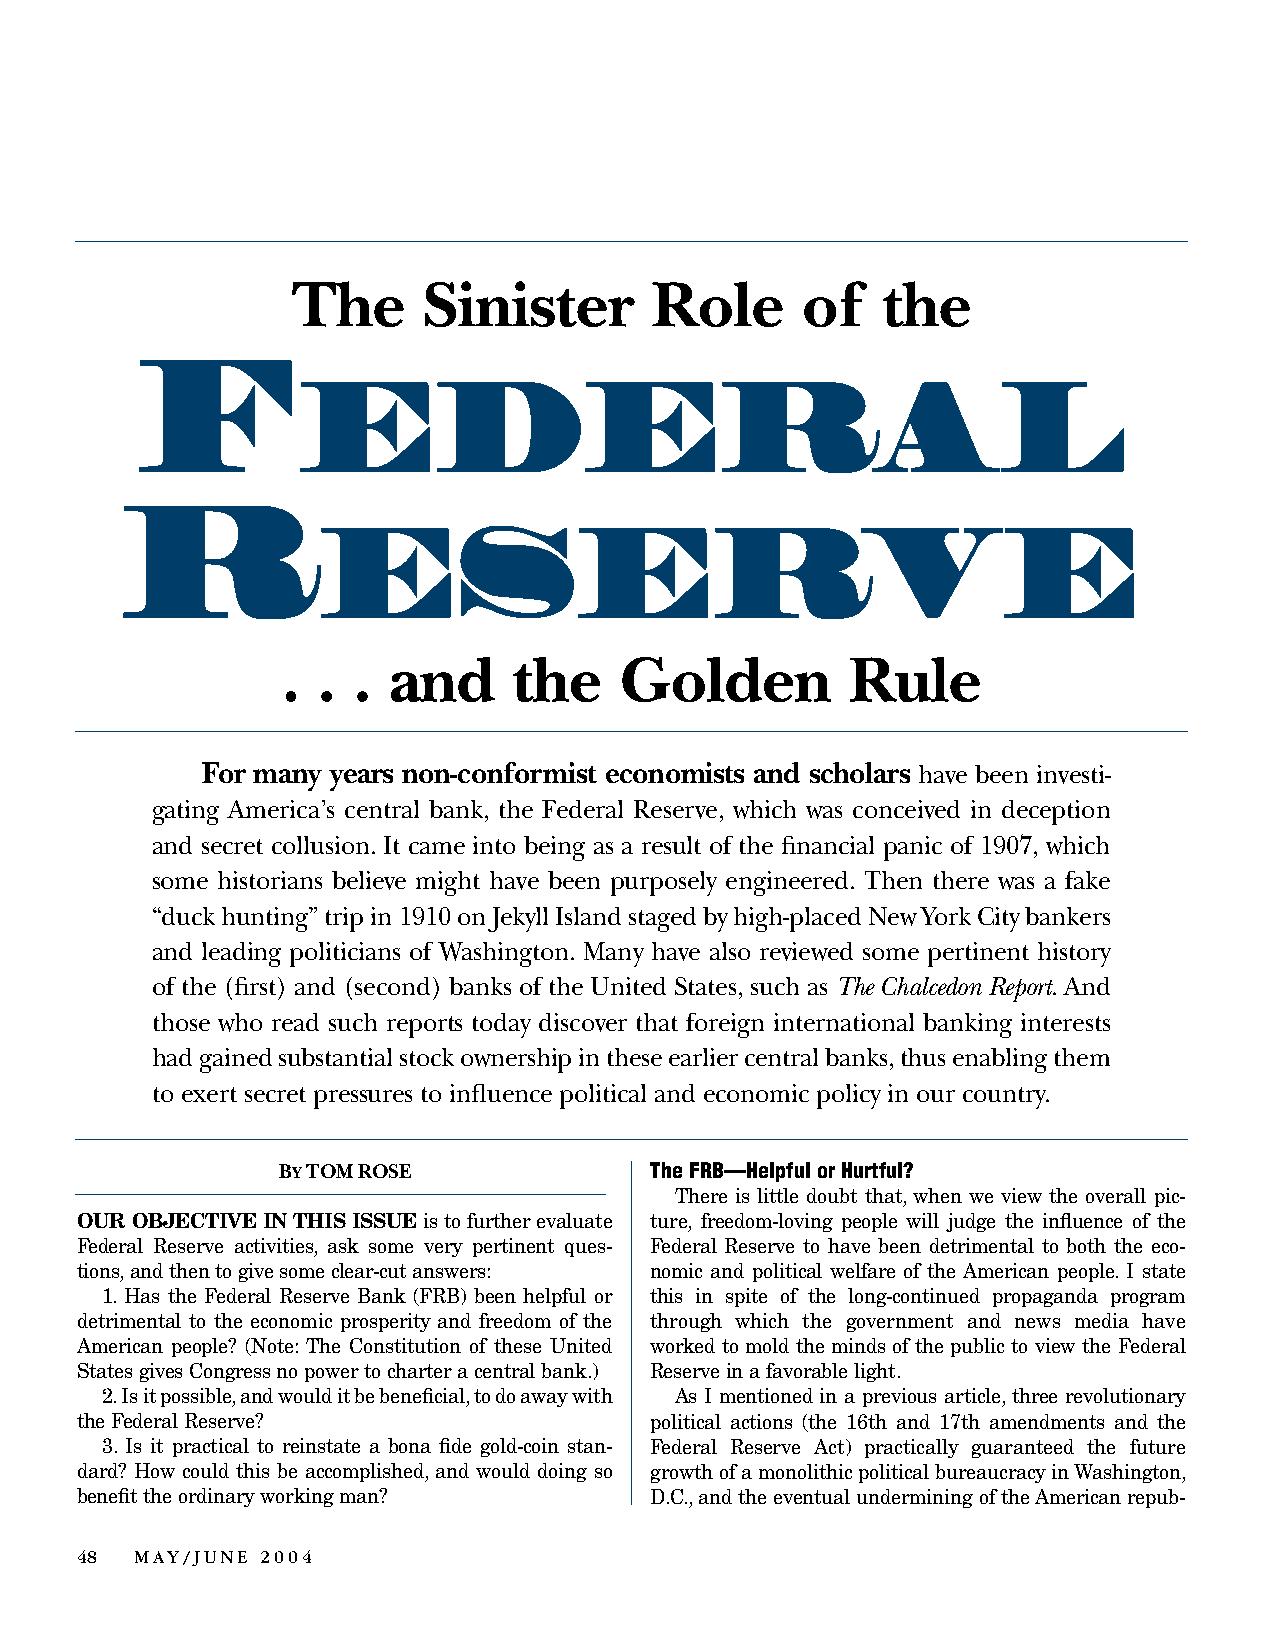
The      Sinister       Role      of   the
 F
 EDERAL
 R
 ESERVE
 . . .  and     the    Golden         Rule
 For many years non-conformist economists and scholars have been investi-
 gating America’s central bank, the Federal Reserve, which was conceived in deception
 and secret collusion. It came into being as a result of the financial panic of 1907, which
 some historians believe might have been purposely engineered. Then there was a fake
 “duck hunting” trip in 1910 on Jekyll Island staged by high-placed New York City bankers
 and leading politicians of Washing ton. Many have also reviewed some pertinent history
 of the (first) and (second) banks of the United States, such as The Chalcedon Report. And
 those who read such reports today discover that foreign international banking interests
 had gained substantial stock ownership in these earlier central banks, thus enabling them
 to exert secret pressures to influence political and economic policy in our country.
 BYTOM ROSE               The FRB—Helpful or Hurtful?
 There is little doubt that, when we view the overall pic-
 OUR OBJECTIVE IN THIS ISSUEis to further evaluate ture, freedom-loving people will judge the influence of the
 Fed eral Reserve activities, ask some very pertinent ques- Federal Reserve to have been detrimental to both the eco-
 tions, and then to give some clear-cut an swers: nomic and political welfare of the American people. I state
 1. Has the Federal Reserve Bank (FRB) been helpful or this in spite of the long-continued propaganda program
 detrimental to the economic prosperity and freedom of the through which the government and news media have
 American people? (Note: The Constitution of these United worked to mold the minds of the public to view the Federal
 States gives Congress no power to charter a central bank.) Reserve in a favorable light.
 2. Is it possible, and would it be beneficial, to do away with As I mentioned in a previous article, three revolutionary
 the Federal Reserve?                  political actions (the 16th and 17th amendments and the
 3. Is it practical to reinstate a bona fide gold-coin stan- Federal Reserve Act) practically guaranteed the future
 dard? How could this be accomplished, and would doing so growth of a monolithic political bureaucracy in Washington,
 benefit the ordinary working man?     D.C., and the eventual undermining of the American repub-
 48  MAY/JUNE 2004